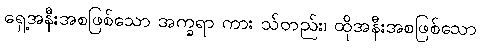
ရှေ့အနီးအစဖြစ်သော အက္ခရာ ကား သ်တည်း၊ ထိုအနီးအစဖြစ်သော